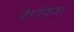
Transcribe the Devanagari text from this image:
हैगफिश